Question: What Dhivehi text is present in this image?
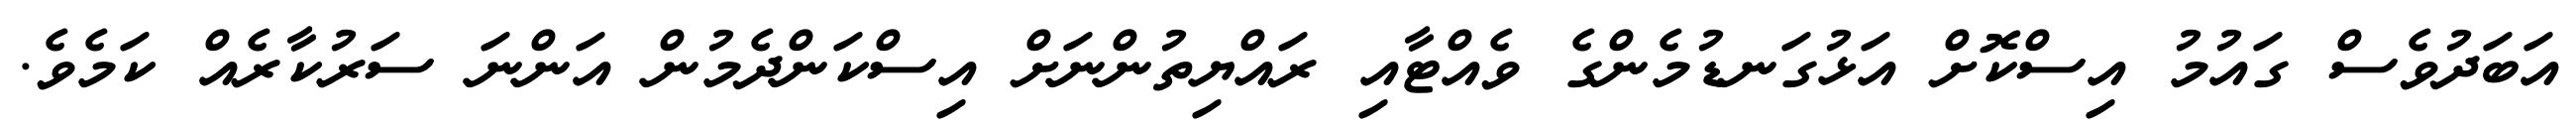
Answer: އަބަދުވެސް ގައުމު އިސްކޮށް އަޅުގަނޑުމެންގެ ވެއްޓާއި ރައްޔިތުންނަށް އިސްކަންދެމުން އަންނަ ސަރުކާރެއް ކަމެވެ.